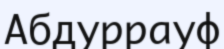
Абдуррауф